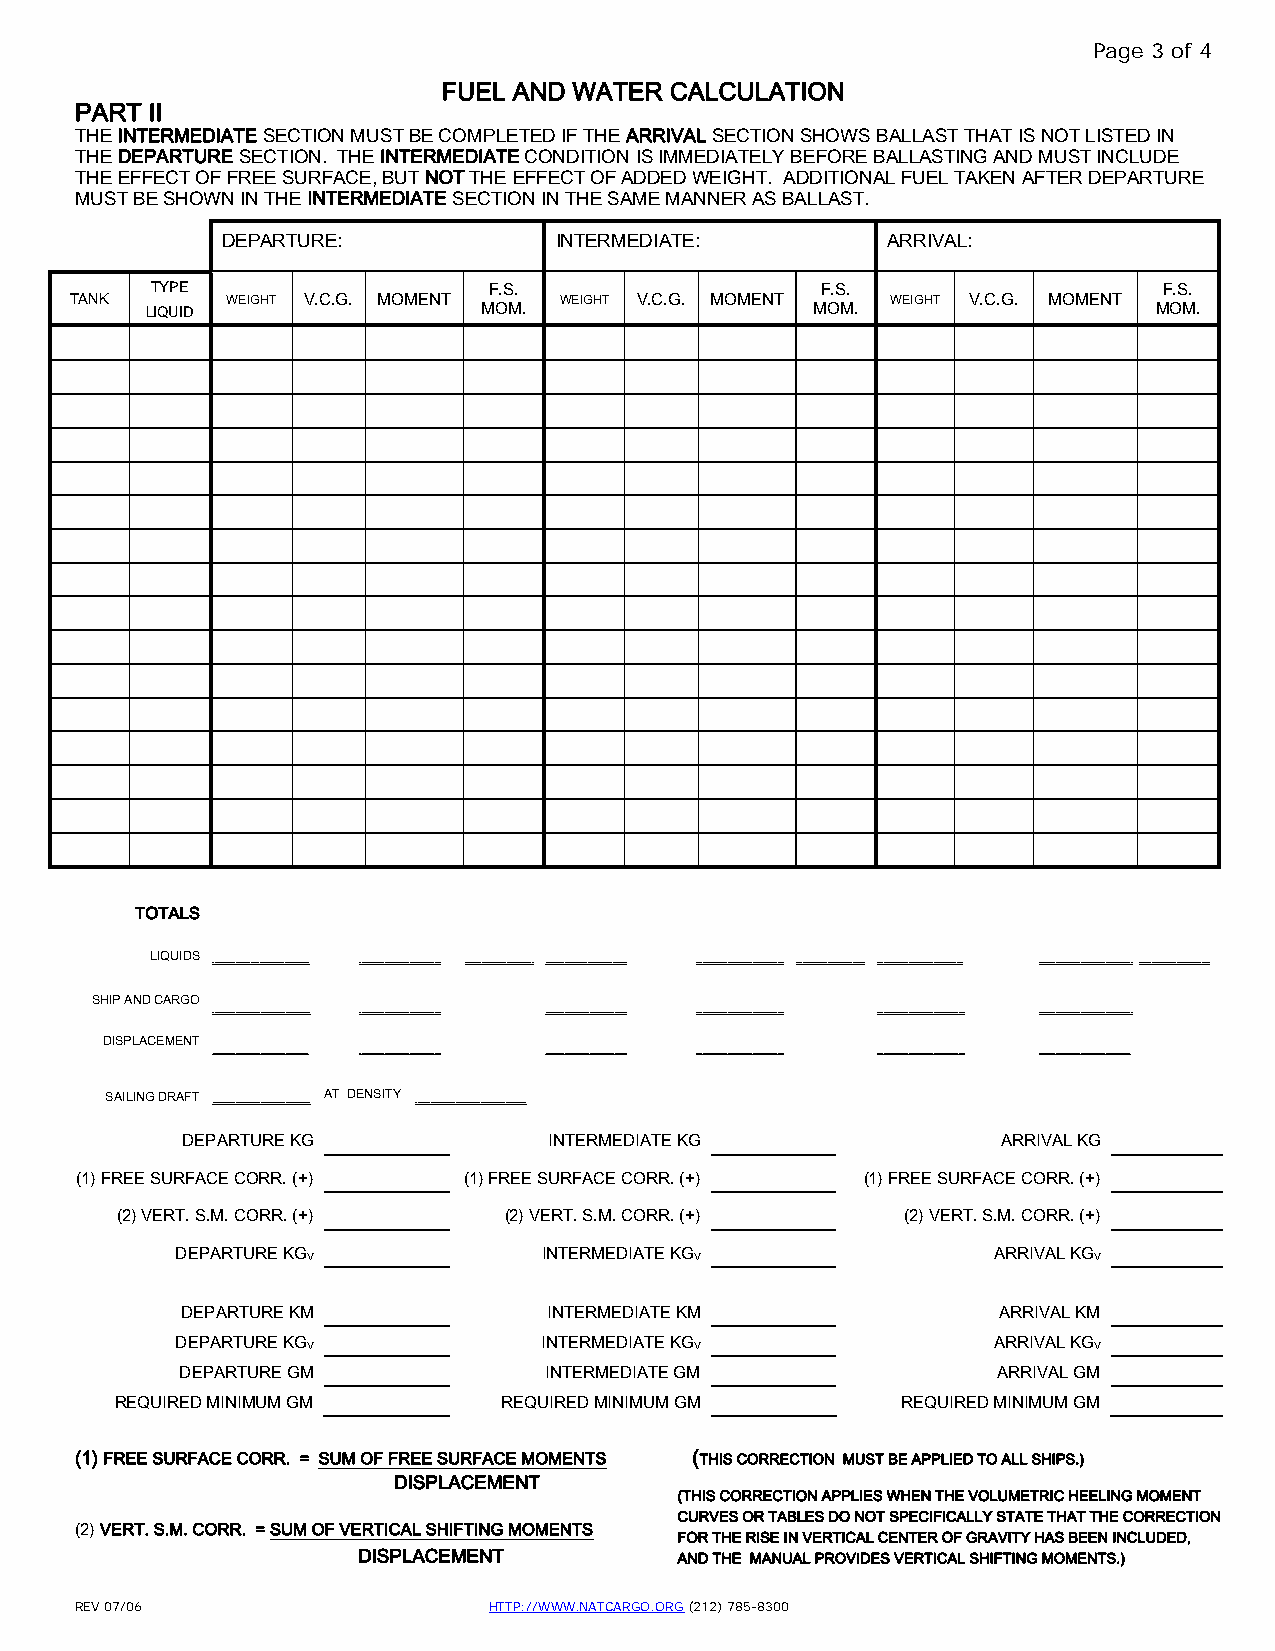
Page 3 of 4
 FUEL AND WATER CALCULATION
 PART II
 THE INTERMEDIATE SECTION MUST BE COMPLETED IF THE ARRIVAL SECTION SHOWS BALLAST THAT IS NOT LISTED IN
 THE DEPARTURE SECTION. THE INTERMEDIATE CONDITION IS IMMEDIATELY BEFORE BALLASTING AND MUST INCLUDE
 THE EFFECT OF FREE SURFACE, BUT NOT THE EFFECT OF ADDED WEIGHT. ADDITIONAL FUEL TAKEN AFTER DEPARTURE
 MUST BE SHOWN IN THE INTERMEDIATE SECTION IN THE SAME MANNER AS BALLAST.
 DEPARTURE:            INTERMEDIATE:         ARRIVAL:
 TYPE                  F.S.                  F.S.                   F.S.
 TANK      WEIGHT V.C.G. MOMENT  WEIGHT V.C.G. MOMENT  WEIGHT V.C.G. MOMENT
 LIQUID                MOM.                  MOM.                   MOM.
 TOTALS
 LIQUIDS
 __________________ ____________________________ _______________________________________ _________________________________ _______________________________________ __________________________________________ _________________________________ _________________________________________ _______________________________________________________________________________
 SHIP AND CARGO
 _______________________________________________ _______________________________________ _______________________________________ __________________________________________ __________________________________________ _____________________________________________
 DISPLACEMENT
 ______________________________________________ _______________________________________ _______________________________________ __________________________________________ __________________________________________ ____________________________________________
 SAILING DRAFT AT DENSITY
 _______________________________________________ _ ____________________________________________________
 DEPARTURE KG            INTERMEDIATE KG               ARRIVAL KG
 (1) FREE SURFACE CORR. (+) (1) FREE SURFACE CORR. (+) (1) FREE SURFACE CORR. (+)
 (2) VERT. S.M. CORR. (+) (2) VERT. S.M. CORR. (+)   (2) VERT. S.M. CORR. (+)
 DEPARTURE KGV           INTERMEDIATE KGV              ARRIVAL KGV
 DEPARTURE KM            INTERMEDIATE KM               ARRIVAL KM
 DEPARTURE KGV           INTERMEDIATE KGV              ARRIVAL KGV
 DEPARTURE GM            INTERMEDIATE GM               ARRIVAL GM
 REQUIRED MINIMUM GM      REQUIRED MINIMUM GM        REQUIRED MINIMUM GM
 (1) FREE SURFACE CORR. = SUM OF FREE SURFACE MOMENTS (THIS CORRECTION MUST BE APPLIED TO ALL SHIPS.)
 DISPLACEMENT
 (THIS CORRECTION APPLIES WHEN THE VOLUMETRIC HEELING MOMENT
 CURVES OR TABLES DO NOT SPECIFICALLY STATE THAT THE CORRECTION
 (2) VERT. S.M. CORR. = SUM OF VERTICAL SHIFTING MOMENTS
 FOR THE RISE IN VERTICAL CENTER OF GRAVITY HAS BEEN INCLUDED,
 DISPLACEMENT         AND THE MANUAL PROVIDES VERTICAL SHIFTING MOMENTS.)
 REV 07/06                  HTTP://WWW.NATCARGO.ORG (212) 785-8300